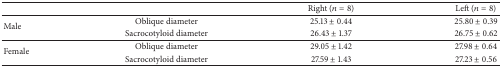
|  |  | Right (n = 8) | Left (n = 8) |
 | --- | --- | --- | --- |
 | <ROWSPAN=2> Male | Oblique diameter | 25.13 ± 0.44 | 25.80 ± 0.39 |
 | Sacrocotyloid diameter | 26.43 ± 1.37 | 26.75 ± 0.62 |
 | <ROWSPAN=2> Female | Oblique diameter | 29.05 ± 1.42 | 27.98 ± 0.64 |
 | Sacrocotyloid diameter | 27.59 ± 1.43 | 27.23 ± 0.56 |